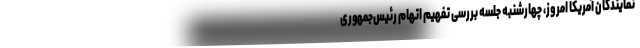
نمایندگان آمریکا امروز، چهارشنبه جلسه بررسی تفهیم اتهام رئیس‌جمهوری